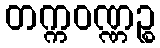
တက္ကဝဏ္ဏဉ္စ